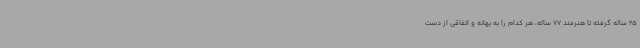
25 ساله گرفته تا هنرمند 77 ساله، هر کدام را به بهانه و اتفاقی از دست